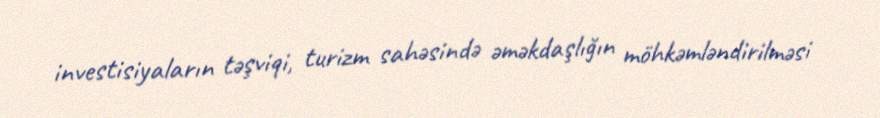
investisiyaların təşviqi, turizm sahəsində əməkdaşlığın möhkəmləndirilməsi